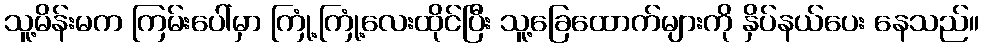
သူ့မိန်းမက ကြမ်းပေါ်မှာ ကြုံ့ကြုံ့လေးထိုင်ပြီး သူ့ခြေထောက်များကို နှိပ်နယ်ပေး နေသည်။